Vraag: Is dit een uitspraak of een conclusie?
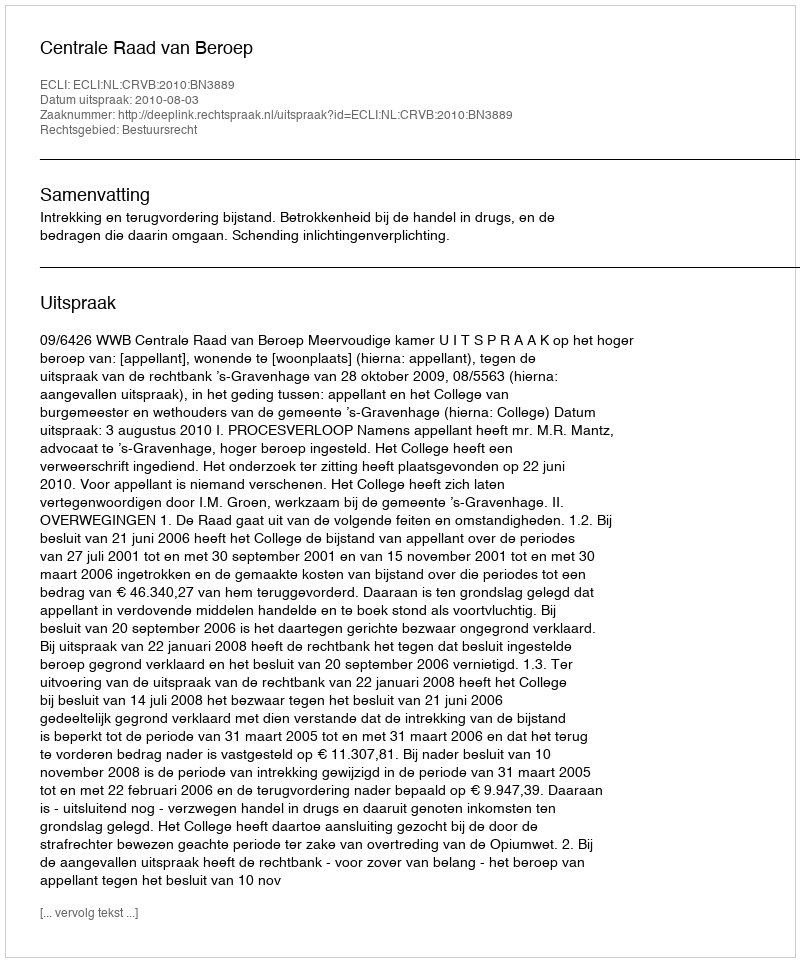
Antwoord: Uitspraak